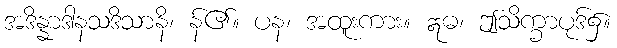
အဒိန္နာဒါနသဒိသာနိ၊ န်၏။ ပန၊ အထူးကား။ ဣဓ၊ ဤသိက္ခာပုဒ်၌။